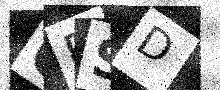
Text: QPSD